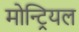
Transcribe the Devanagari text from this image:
मोन्ट्रियल